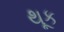
થૂક